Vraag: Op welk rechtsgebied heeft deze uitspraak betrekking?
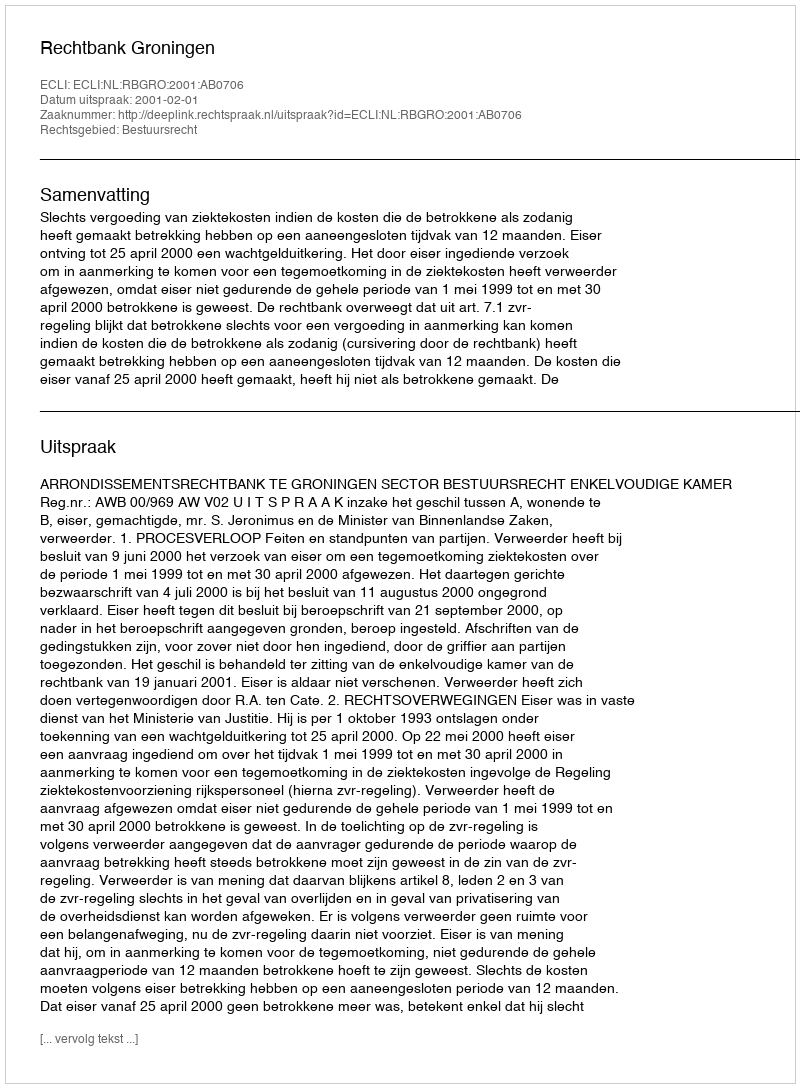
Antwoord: Bestuursrecht